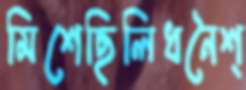
মিশেছিলিধনৈশ্